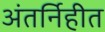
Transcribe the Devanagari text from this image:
अंतर्निहीत